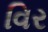
વિર